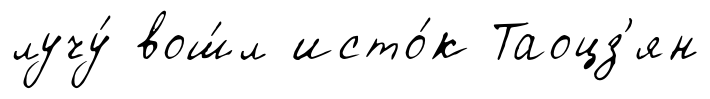
лучу́ вош́л исто́к Таоцз'ян